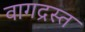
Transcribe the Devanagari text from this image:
वागद्रस्त